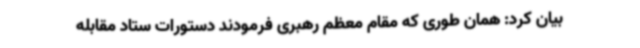
بیان کرد: همان طوری که مقام معظم رهبری فرمودند دستورات ستاد مقابله